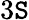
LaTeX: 3\mathtt{S}